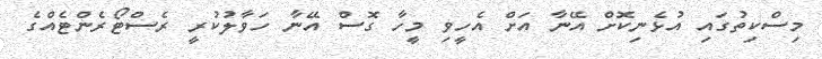
މިސްކިތުގައި އުޅެނިކޮށް އޭނާ އަށް އެހީވި މީހާ ގޮސް އޭނާ ހަވާލުކުރީ ރެސްޓޯރެންޓެއްގެ